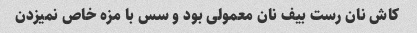
کاش نان رست بیف نان معمولی بود و سس با مزه خاص نمیزدن